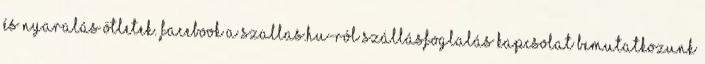
és nyaralás ötletek. Facebook A szallas.hu-ról Szállásfoglalás Kapcsolat Bemutatkozunk